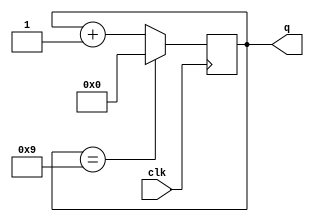
module decade_counter(q, clk);
output reg[3:0] q = 0;			
input clk;
always @(posedge clk)
q <= q == 9 ? 0 : q + 1;
endmodule

module decoded_counter(ctrl, clk);
output ctrl;				
input clk;
reg [3:0] count_value = 0;
always @(posedge clk)
count_value <= count_value + 1;
assign ctrl = count_value == 4'b0111 || count_value == 4'b1011;
endmodule